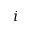
i